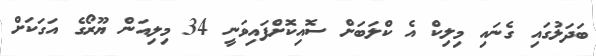
ބަދަލުގައި ގެނައި މިލިކް އެ ކްލަބަށް ސޮއިކޮށްފައިވަނީ 34 މިލިއަން ޔޫރޯގެ އަގަކަށް